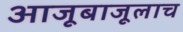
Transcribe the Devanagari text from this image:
आजूबाजूलाच